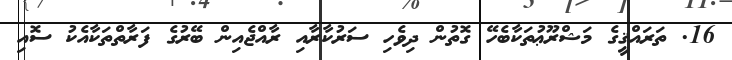
16. ތަރައްޤީގެ މަޝްރޫޢުތަކާބެހޭ ގޮތުން ދިވެހި ސަރުކާރާއި ރާއްޖެއިން ބޭރުގެ ފަރާތްތަކާއެކު ސޮއި